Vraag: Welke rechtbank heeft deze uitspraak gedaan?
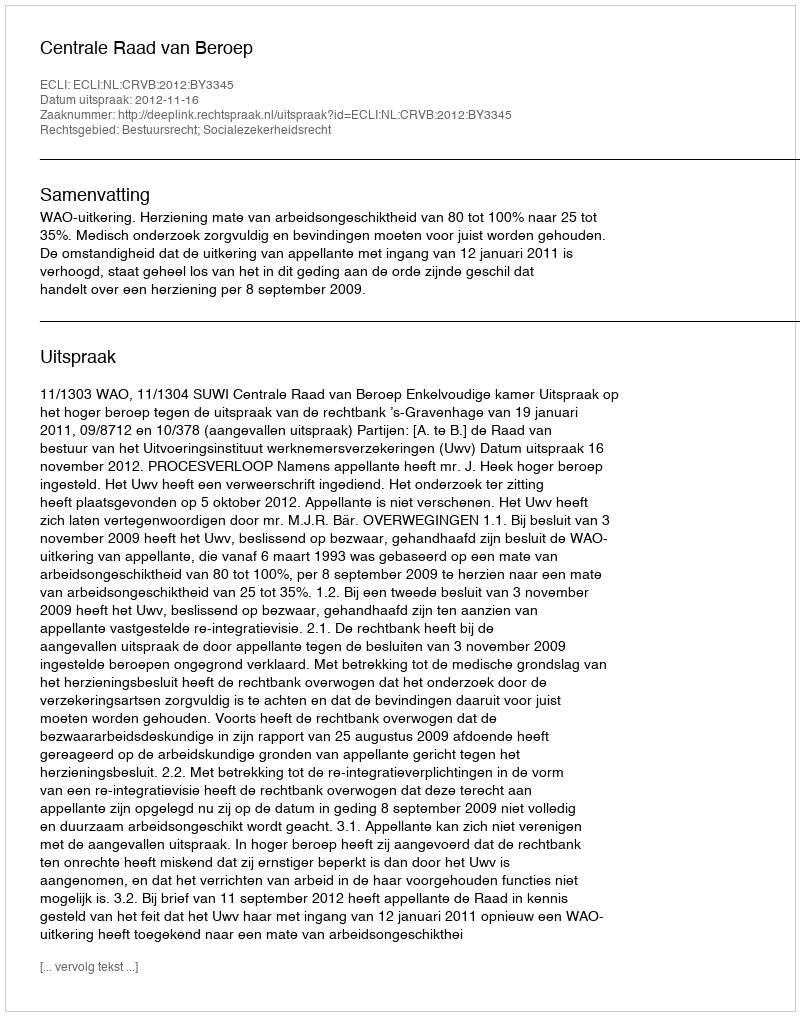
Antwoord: Centrale Raad van Beroep